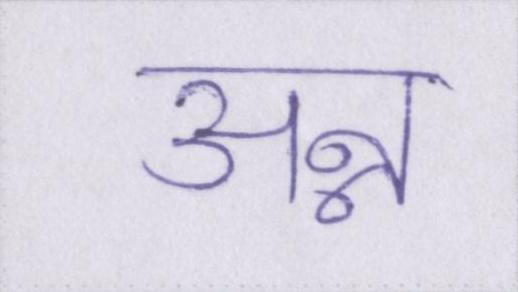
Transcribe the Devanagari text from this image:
अन्न